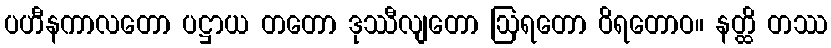
ပဟီနကာလတော ပဋ္ဌာယ တတော ဒုဿီလျတော ဩရတော ဝိရတောဝ။ နတ္ထိ တဿ